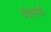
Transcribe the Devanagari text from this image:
पँथरमधे